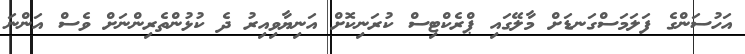
އަހުސަންގެ ފަލަަމަސްގަނޑަށް މާލޭގައި ޕްރެކްޓިސް ކުރަނިކޮށް އަނިޔާވިއިރު ދެ ކުޅުންތެރިންނަށް ވެސް އަންނަ